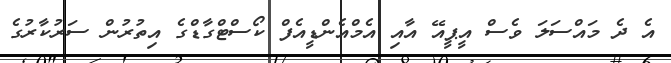
އެ ދެ މައްސަލަ ވެސް އީޕީއޭ އާއި އެމްއެންޑީއެފް ކޯސްޓްގާޑްގެ އިތުރުން ސަރުކާރުގެ